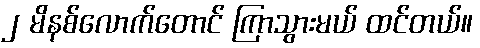
၂ မိနစ်လောက်တောင် ကြာသွားမယ် ထင်တယ်။